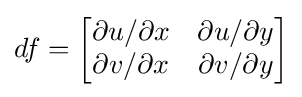
df={\begin{bmatrix}\partial u/\partial x&\partial u/\partial y\\\partial v/\partial x&\partial v/\partial y\end{bmatrix}}